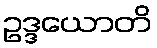
ဥဒ္ဒယောတိ